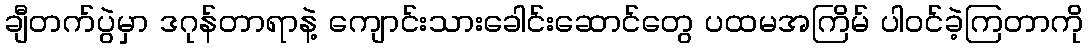
ချီတက်ပွဲမှာ ဒဂုန်တာရာနဲ့ ကျောင်းသားခေါင်းဆောင်တွေ ပထမအကြိမ် ပါဝင်ခဲ့ကြတာကို